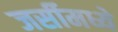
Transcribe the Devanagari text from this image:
जर्सीमध्ये